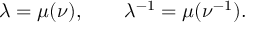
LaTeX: \lambda = \mu ( \nu ) , \qquad \lambda ^ { - 1 } = \mu ( \nu ^ { - 1 } ) .